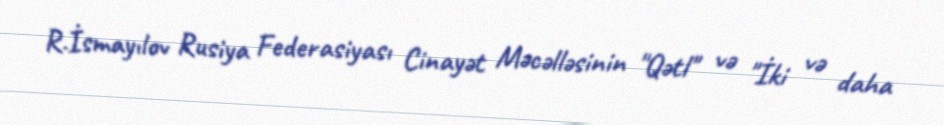
R.İsmayılov Rusiya Federasiyası Cinayət Məcəlləsinin "Qətl" və "İki və daha